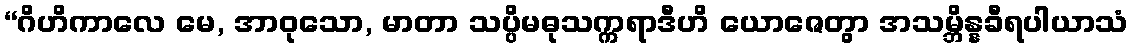
“ဂိဟိကာလေ မေ, အာဝုသော, မာတာ သပ္ပိမဓုသက္ကရာဒီဟိ ယောဇေတွာ အသမ္ဘိန္နခီရပါယာသံ